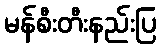
မန်စီးတီးနည်းပြ